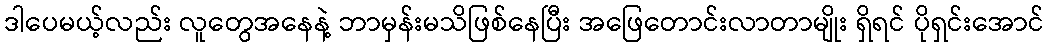
ဒါပေမယ့်လည်း လူတွေအနေနဲ့ ဘာမှန်းမသိဖြစ်နေပြီး အဖြေတောင်းလာတာမျိုး ရှိရင် ပိုရှင်းအောင်